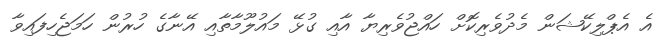
އެ އެޕްލިކޭޝަން މެދުވެރިކޮށް ހައްޖުވެރިޔާ އާއި ގުޅޭ މައުލޫމާތާއި އޭނާގެ ހުރުން ހަމަޖެހިފައިވާ